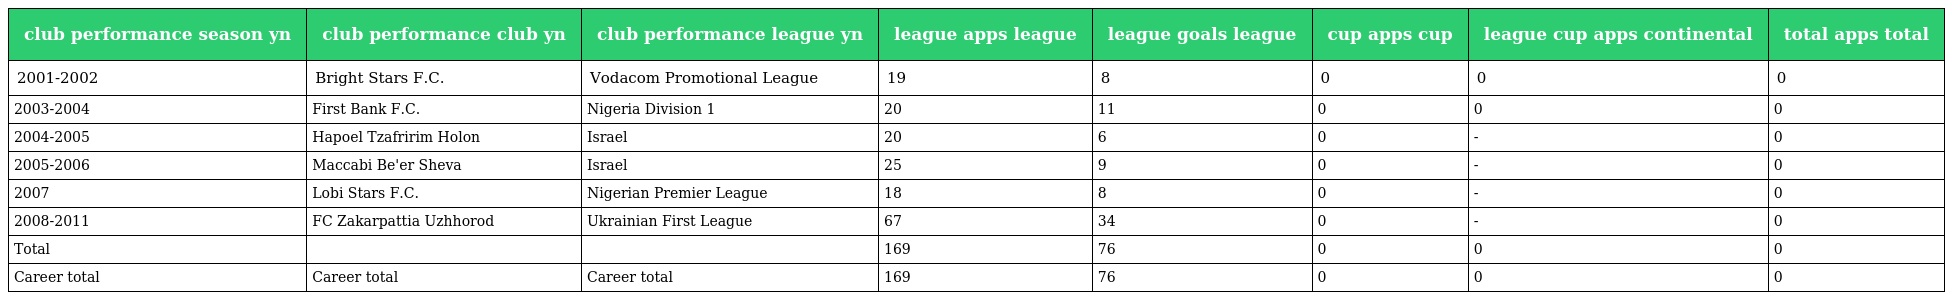
| club performance season yn | club performance club yn | club performance league yn | league apps league | league goals league | cup apps cup | league cup apps continental | total apps total |
 | --- | --- | --- | --- | --- | --- | --- | --- |
 | 2001-2002 | Bright Stars F.C. | Vodacom Promotional League | 19 | 8 | 0 | 0 | 0 |
 | 2003-2004 | First Bank F.C. | Nigeria Division 1 | 20 | 11 | 0 | 0 | 0 |
 | 2004-2005 | Hapoel Tzafririm Holon | Israel | 20 | 6 | 0 | - | 0 |
 | 2005-2006 | Maccabi Be'er Sheva | Israel | 25 | 9 | 0 | - | 0 |
 | 2007 | Lobi Stars F.C. | Nigerian Premier League | 18 | 8 | 0 | - | 0 |
 | 2008-2011 | FC Zakarpattia Uzhhorod | Ukrainian First League | 67 | 34 | 0 | - | 0 |
 | Total |  |  | 169 | 76 | 0 | 0 | 0 |
 | Career total | Career total | Career total | 169 | 76 | 0 | 0 | 0 |